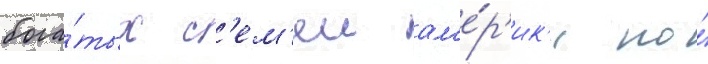
бога́тых с'ем'еи ам'е́р'ик'и по́